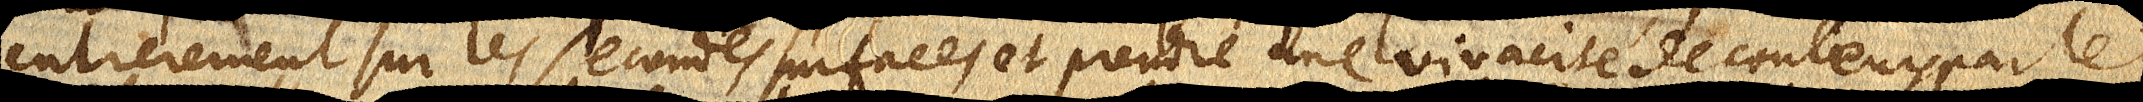
entierement sur les secondes surfaces et prendre une vivacité de couleurs par le